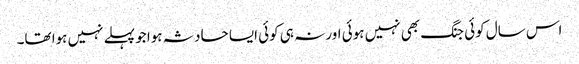
اس سال کوئی جنگ بھی نہیں ہوئی اور نہ ہی کوئی ایسا حادثہ ہوا جو پہلے نہیں ہوا تھا۔